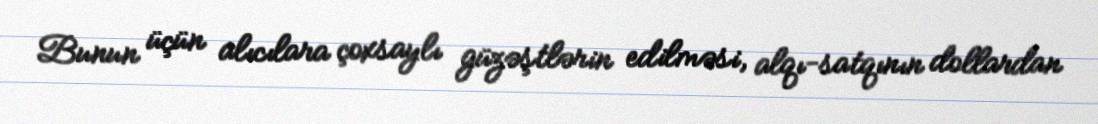
Bunun üçün alıcılara çoxsaylı güzəştlərin edilməsi, alqı-satqının dollardan